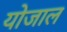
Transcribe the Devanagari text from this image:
योजाल